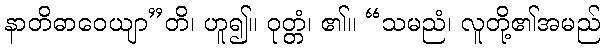
နာတိဓာဝေယျာ”တိ၊ ဟူ၍။ ဝုတ္တံ၊ ၏။ “သမညံ၊ လူတို့၏အမည်